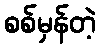
စစ်မှန်တဲ့